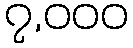
၇,၀၀၀